Civil Veterinary Department Bengal reports 1933-51 - 1933-1951
Year: 1933
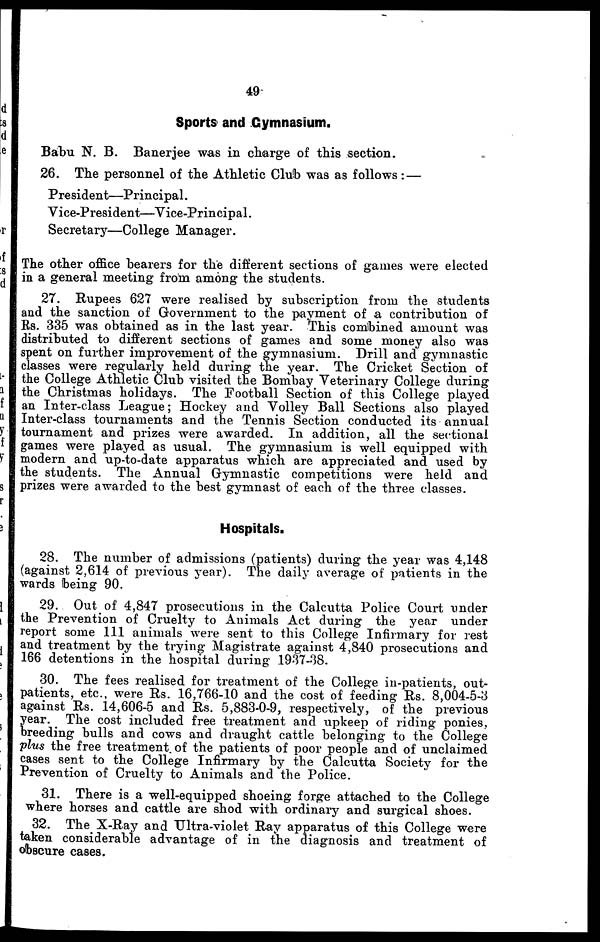
49
Sports and Gymnasium.
Babu N. B. Banerjee was in charge of this section.
26. The personnel of the Athletic Club was as follows : —
President—Principal.
Vice-President—Vice-Principal.
Secretary—College Manager.
The other office hearers for the different sections of games were elected
in a general meeting from among the students.
27. Rupees 627 were realised by subscription from the students
and the sanction of Government to the payment of a contribution of
Rs. 335 was obtained as in the last year. This combined amount was
distributed to different sections of games and some money also was
spent on further improvement of the gymnasium. Drill and gymnastic
classes were regularly held during the year. The Cricket Section of
the College Athletic Club visited the Bombay Veterinary College during
the Christmas holidays. The Football Section of this College played
an Inter-class League; Hockey and Volley Ball Sections also played
Inter-class tournaments and the Tennis Section conducted its annual
tournament and prizes were awarded. In addition, all the sectional
games were played as usual. The gymnasium is well equipped with
modern and up-to-date apparatus which are appreciated and used by
the students. The Annual Gymnastic competitions were held and
prizes were awarded to the best gymnast of each of the three classes.
Hospitals.
28. The number of admissions (patients) during the year was 4,148
(against 2,614 of previous year). The daily average of patients in the
wards being 90.
29. Out of 4,847 prosecutions in the Calcutta Police Court under
the Prevention of Cruelty to Animals Act during the year under
report some 111 animals were sent to this College Infirmary for rest
and treatment by the trying Magistrate against 4,840 prosecutions and
166 detentions in the hospital during 1937-38.
30. The fees realised for treatment of the College in-patients, out-
patients, etc., were Rs. 16,766-10 and the cost of feeding Rs. 8,004-5-3
against Rs. 14,606-5 and Rs. 5,883-0-9, respectively, of the previous
year. The cost included free treatment and upkeep of riding ponies,
breeding bulls and cows and draught cattle belonging to the College
plus the free treatment of the patients of poor people and of unclaimed
eases sent to the College Infirmary by the Calcutta Society for the
Prevention of Cruelty to Animals and the Police.
31. There is a well-equipped shoeing forge attached to the College
where horses and cattle are shod with ordinary and surgical shoes.
32. The X-Ray and Ultra-violet Ray apparatus of this College were
taken considerable advantage of in the diagnosis and treatment of
obscure cases.